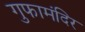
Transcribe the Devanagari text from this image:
गुफामंदिर